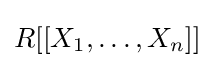
R[[X_{1},\dots ,X_{n}]]